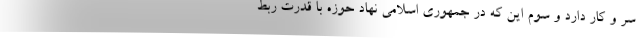
سر و کار دارد و سوم این که در جمهوری اسلامی نهاد حوزه با قدرت ربط